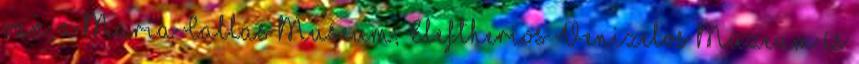
van, a Maria Callas Museum, Eleftherios Venizelos Múzeum és